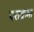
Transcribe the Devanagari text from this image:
पराक्रमा